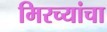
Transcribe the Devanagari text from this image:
मिरच्यांचा